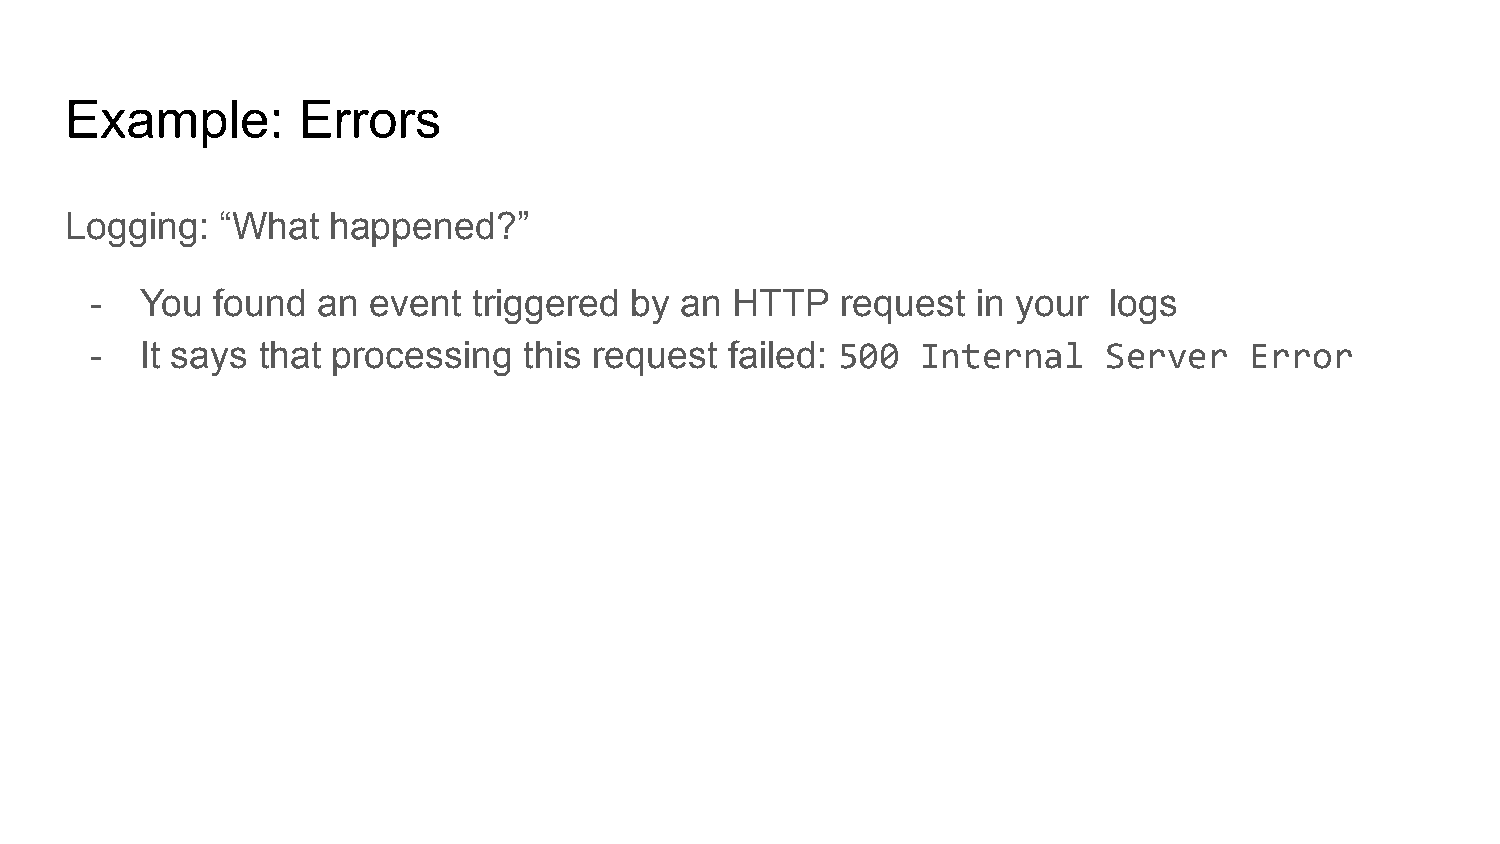
Example:        Errors
 Logging:   “What  happened?”
 -  You  found  an  event triggered  by an  HTTP   request  in your logs
 -  It says that processing   this request failed: 500  Internal    Server    Error